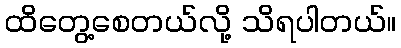
ထိတွေ့စေတယ်လို့ သိရပါတယ်။